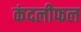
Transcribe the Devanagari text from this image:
कंदलीफल